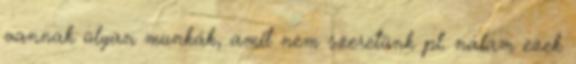
vannak olyan munkák, amit nem szeretünk pl. nálam ezek